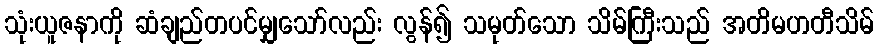
သုံးယူဇနာကို ဆံချည်တပင်မျှသော်လည်း လွန်၍ သမုတ်သော သိမ်ကြီးသည် အတိမဟတီသိမ်